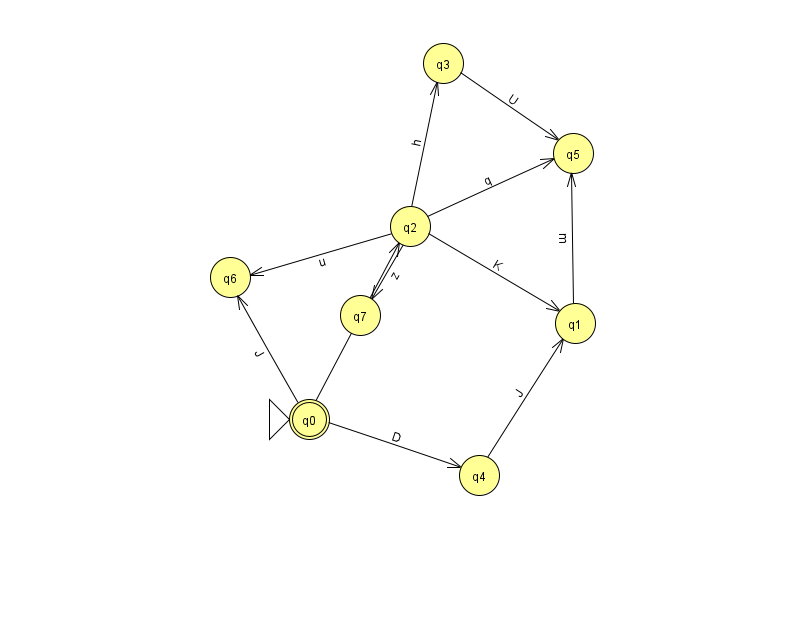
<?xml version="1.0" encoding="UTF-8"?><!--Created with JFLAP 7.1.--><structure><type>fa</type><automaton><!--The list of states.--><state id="0" name="q0"><x>309.0</x><y>406.0</y><initial/><final/></state><state id="1" name="q1"><x>575.0</x><y>310.0</y></state><state id="2" name="q2"><x>410.0</x><y>213.0</y></state><state id="3" name="q3"><x>443.0</x><y>50.0</y></state><state id="4" name="q4"><x>479.0</x><y>462.0</y></state><state id="5" name="q5"><x>573.0</x><y>140.0</y></state><state id="6" name="q6"><x>230.0</x><y>264.0</y></state><state id="7" name="q7"><x>360.0</x><y>302.0</y></state><!--The list of transitions.--><transition><from>2</from><to>1</to><read>K</read></transition><transition><from>4</from><to>1</to><read>J</read></transition><transition><from>3</from><to>5</to><read>U</read></transition><transition><from>1</from><to>5</to><read>m</read></transition><transition><from>2</from><to>7</to><read>z</read></transition><transition><from>0</from><to>6</to><read>J</read></transition><transition><from>2</from><to>3</to><read>h</read></transition><transition><from>2</from><to>6</to><read>u</read></transition><transition><from>0</from><to>2</to><read>g</read></transition><transition><from>0</from><to>4</to><read>D</read></transition><transition><from>2</from><to>5</to><read>q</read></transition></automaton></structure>